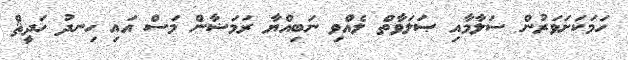
ހަމަކަށަވަރުން ސަލާމާއި ޞަލަވާތް ލެއްވި ނަބިއްޔާ ރަމަޟާން މަސް އައި ހިނދު ހަދީޘް